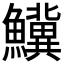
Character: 𬵷